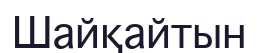
Шайқайтын